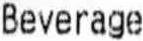
BEVERAGE